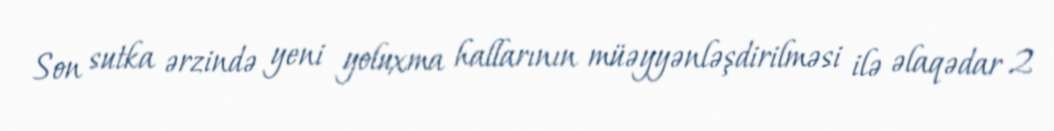
Son sutka ərzində yeni yoluxma hallarının müəyyənləşdirilməsi ilə əlaqədar 2